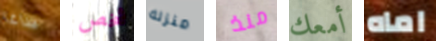
ساغا شخص منزله منذ أمعك اماه